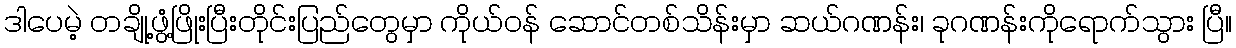
ဒါပေမဲ့ တချို့ဖွံ့ဖြိုးပြီးတိုင်းပြည်တွေမှာ ကိုယ်ဝန် ဆောင်တစ်သိန်းမှာ ဆယ်ဂဏန်း၊ ခုဂဏန်းကိုရောက်သွား ပြီ။